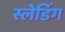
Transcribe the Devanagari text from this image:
स्लेडिंग